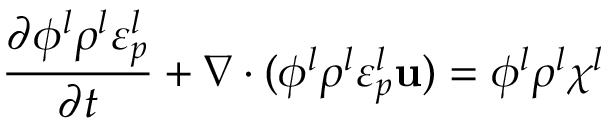
\frac { \partial \phi ^ { l } \rho ^ { l } \varepsilon _ { p } ^ { l } } { \partial t } + \nabla \cdot ( \phi ^ { l } \rho ^ { l } \varepsilon _ { p } ^ { l } \mathbf { u } ) = \phi ^ { l } \rho ^ { l } \chi ^ { l }